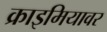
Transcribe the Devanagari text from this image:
क्राइमियावर